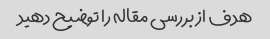
هدف از بررسی مقاله را توضیح دهید